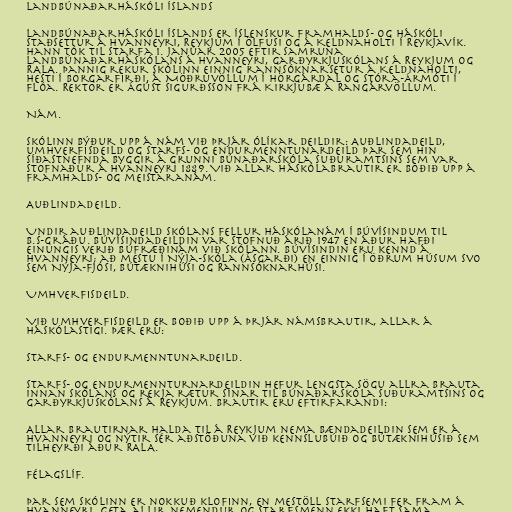
Landbúnaðarháskóli Íslands

Landbúnaðarháskóli Íslands er íslenskur framhalds- og háskóli
staðsettur á Hvanneyri, Reykjum í Ölfusi og á Keldnaholti í Reykjavík.
Hann tók til starfa 1. janúar 2005 eftir samruna
Landbúnaðarháskólans á Hvanneyri, Garðyrkjuskólans á Reykjum og
RALA. Þannig rekur skólinn einnig rannsóknarsetur á Keldnaholti,
Hesti í Borgarfirði, á Möðruvöllum í Hörgárdal og Stóra-Ármóti í
Flóa. Rektor er Ágúst Sigurðsson frá Kirkjubæ á Rangárvöllum.

Nám.

Skólinn býður upp á nám við þrjár ólíkar deildir: Auðlindadeild,
umhverfisdeild og starfs- og endurmenntunardeild þar sem hin
síðastnefnda byggir á grunni Búnaðarskóla Suðuramtsins sem var
stofnaður á Hvanneyri 1889. Við allar háskólabrautir er boðið upp á
framhalds- og meistaranám.

Auðlindadeild.

Undir auðlindadeild skólans fellur háskólanám í búvísindum til
B.S-gráðu. Búvísindadeildin var stofnuð árið 1947 en áður hafði
einungis verið búfræðinám við skólann. Búvísindin eru kennd á
Hvanneyri; að mestu í Nýja-Skóla (Ásgarði) en einnig í öðrum húsum svo
sem Nýja-Fjósi, Bútæknihúsi og Rannsóknarhúsi.

Umhverfisdeild.

Við umhverfisdeild er boðið upp á þrjár námsbrautir, allar á
háskólastigi. Þær eru:

Starfs- og endurmenntunardeild.

Starfs- og endurmennturnardeildin hefur lengsta sögu allra brauta
innan skólans og rekja rætur sínar til Búnaðarskóla Suðuramtsins og
Garðyrkjuskólans á Reykjum. Brautir eru eftirfarandi:

Allar brautirnar halda til á Reykjum nema bændadeildin sem er á
Hvanneyri og nýtir sér aðstöðuna við kennslubúið og Bútæknihúsið sem
tilheyrði áður RALA.

Félagslíf.

Þar sem skólinn er nokkuð klofinn, en mestöll starfsemi fer fram á
Hvanneyri, geta allir nemendur og starfsmenn ekki haft sama